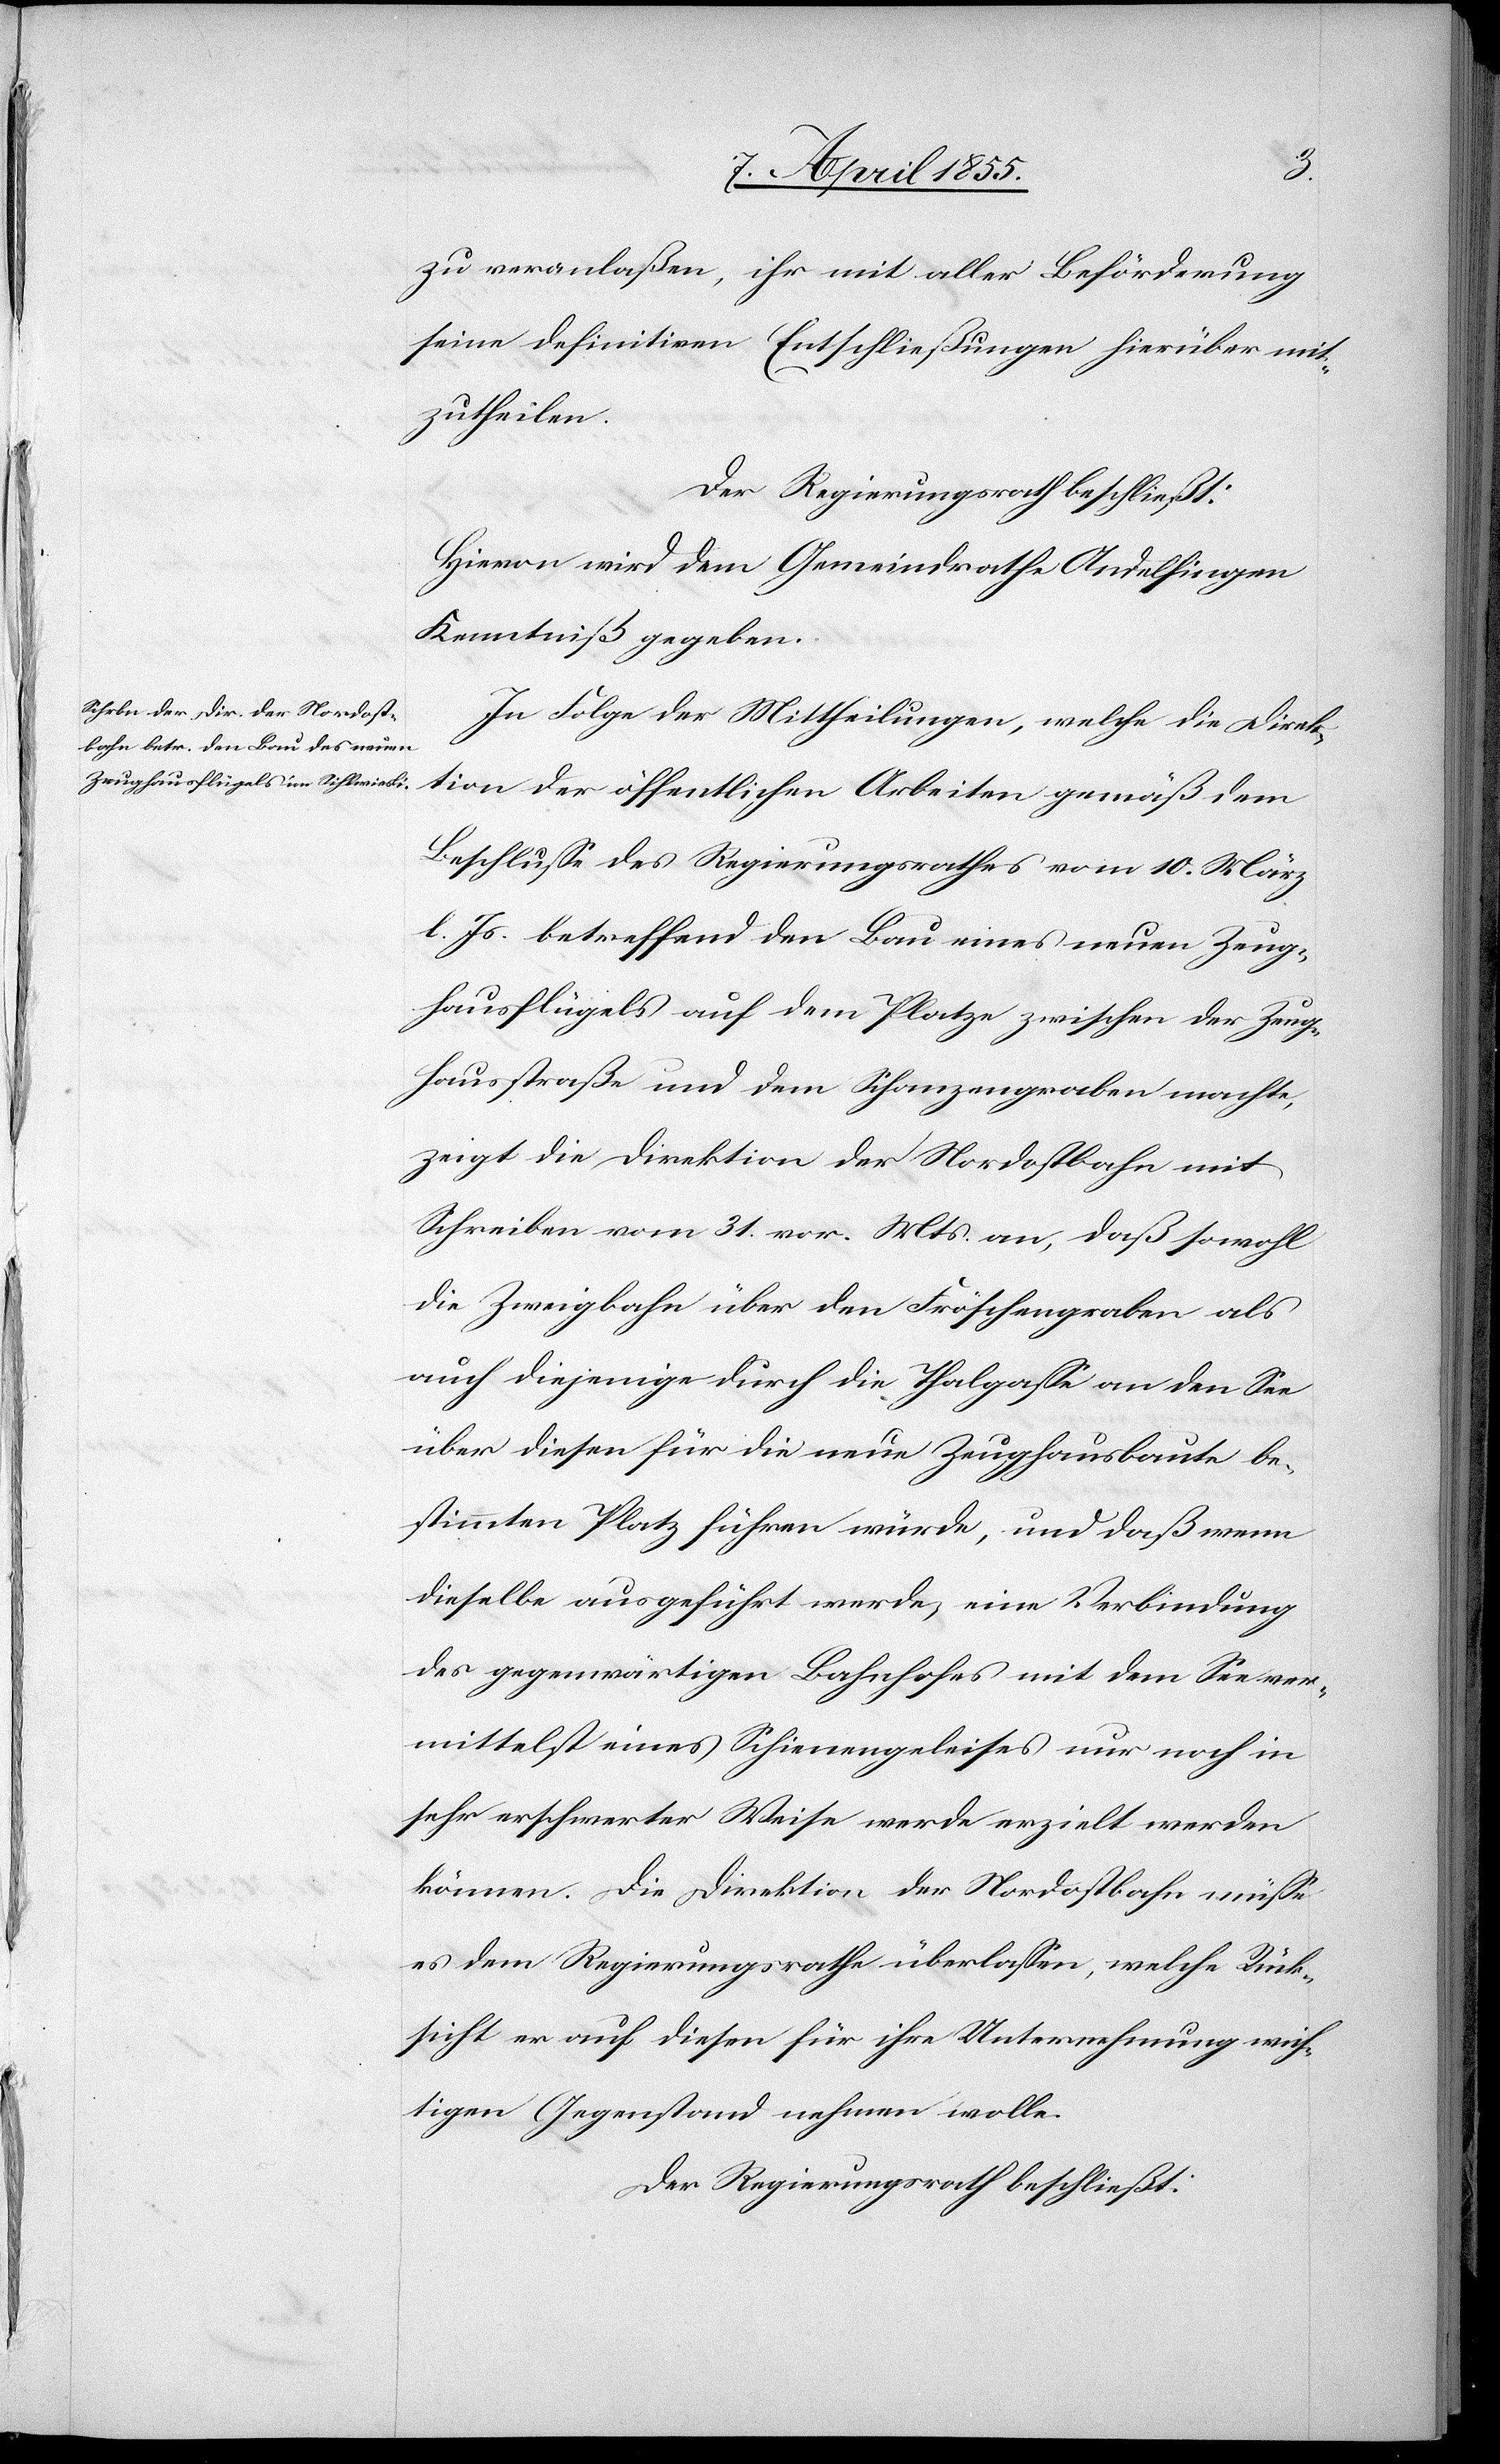
zu veranlaßen, ihr mit aller Beförderung
seine definitiven Entschließungen hierüber mit¬
zutheilen.
Der Regierungsrath beschließt:
Hievon wird dem Gemeindrathe Andelfingen
Kenntniß gegeben.
In Folge der Mittheilungen, welche die Direk¬
tion der öffentlichen Arbeiten gemäß dem
Beschlusse des Regierungsrathes vom 10. März
l. Js. betreffend den Bau eines neuen Zeug¬
hausflügels auf dem Platze zwischen der Zeug¬
hausstraße und dem Schanzengraben machte,
zeigt die Direktion der Nordostbahn mit
Schreiben vom 31. vor. Mts. an, daß sowohl
die Zweigbahn über den Fröschengraben als
auch diejenige durch die Thalgasse an den See
über diesen für die neue Zeughausbaute be¬
stimmten Platz führen würde, und daß wenn
dieselbe ausgeführt werde, eine Verbindung
des gegenwärtigen Bahnhofes mit dem See ver¬
mittelst eines Schienengeleises nur noch in
sehr erschwerter Weise werde erzielt werden
können. Die Direktion der Nordostbahn müsse
es dem Regierungsrathe überlassen, welche Rück¬
sicht er auf diesen für ihre Unternehmung wich¬
tigen Gegenstand nehmen wolle.
Der Regierungsrath beschließt: